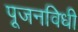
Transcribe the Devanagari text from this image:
पूजनविधी